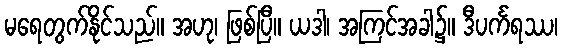
မရေတွက်နိုင်သည်။ အဟု၊ ဖြစ်ပြီ။ ယဒါ၊ အကြင်အခါ၌။ ဒီပင်္ကရဿ၊